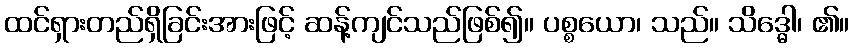
ထင်ရှားတည်ရှိခြင်းအားဖြင့် ဆန့်ကျင်သည်ဖြစ်၍။ ပစ္စယော၊ သည်။ သိဒ္ဓေါ၊ ၏။